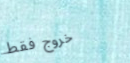
خروج فقط